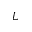
L